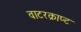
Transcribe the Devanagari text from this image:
वाटरक्राप्ट